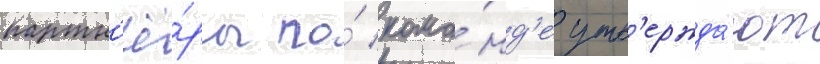
партн'ё́ры по́ кома́нд'е утв'ержда́ют